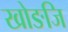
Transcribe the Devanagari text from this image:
खोङजि